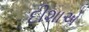
દીશાએ